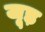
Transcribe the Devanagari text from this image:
जूड़